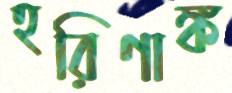
হরিণাঙ্ক